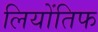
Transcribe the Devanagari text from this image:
लियोंतिफ